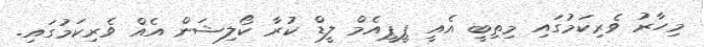
މިހާރު ވެރިކަމުގައި މިތިބީ އެއީ ޕީޕީއެމް ލީޑް ކުރާ ކޯލިޝަން އެއް ވެރިކަމުގައި.